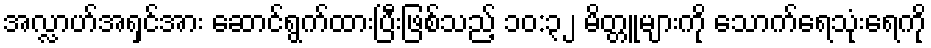
အလ္လာဟ်အရှင်အား ဆောင်ရွက်ထားပြီးဖြစ်သည့် ၁၀:၃၂ မိတ္တူများကို သောက်ရေသုံးရေကို